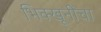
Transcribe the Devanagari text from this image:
भिक्खूनींचा